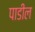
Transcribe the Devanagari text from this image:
पाडील